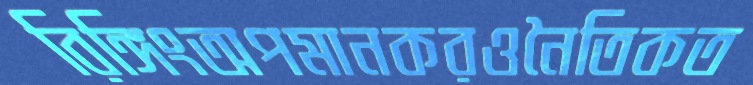
রিঙ্গিংঅপমানকরওনৈতিকত